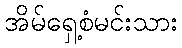
အိမ်ရှေ့စံမင်းသား